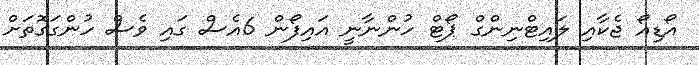
އޯޑިއޯ ޖެކާއި ލައިޓްނިންގް ޕޯޓް ހުންނާނީ އައިފޯން 6އެސް ގައި ވެސް ހުންގަގޮތަށް